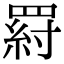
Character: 𦋝